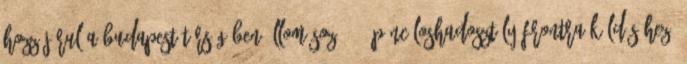
Hozzájárul a Budapest térségében állomásozó 23. páncéloshadosztály frontra küldéséhez,